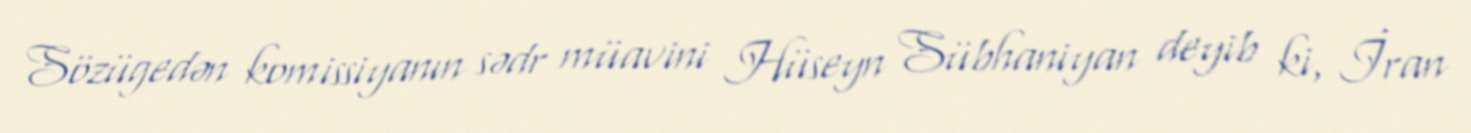
Sözügedən komissiyanın sədr müavini Hüseyn Sübhaniyan deyib ki, İran